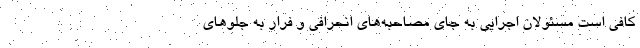
کافی است مسئولان اجرایی به جای مصاحبه‌های انحرافی و فرار به جلوهای